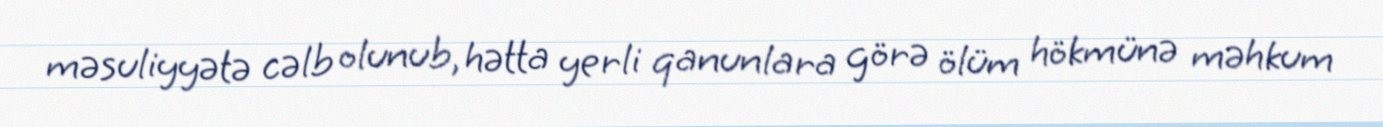
məsuliyyətə cəlb olunub, hətta yerli qanunlara görə ölüm hökmünə məhkum